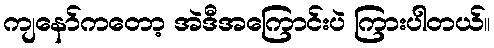
ကျနော်ကတော့ အဲဒီအကြောင်းပဲ ကြားပါတယ်။